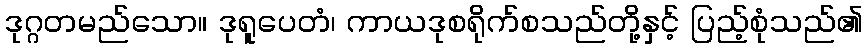
ဒုဂ္ဂတမည်သော။ ဒုရူပေတံ၊ ကာယဒုစရိုက်စသည်တို့နှင့် ပြည့်စုံသည်၏